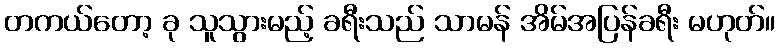
တကယ်တော့ ခု သူသွားမည့် ခရီးသည် သာမန် အိမ်အပြန်ခရီး မဟုတ်။